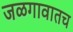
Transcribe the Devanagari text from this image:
जळगावातच